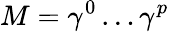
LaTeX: M=\gamma^{0}\ldots\gamma^{p}